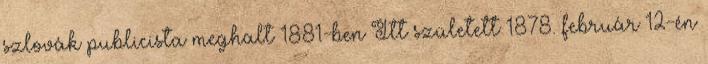
szlovák publicista meghalt 1881-ben Itt született 1878. február 12-én